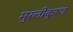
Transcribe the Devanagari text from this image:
मुरलीकृष्ण